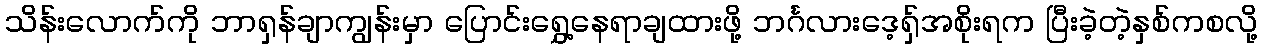
သိန်းလောက်ကို ဘာရှန်ချာကျွန်းမှာ ပြောင်းရွှေ့နေရာချထားဖို့ ဘင်္ဂလားဒေ့ရှ်အစိုးရက ပြီးခဲ့တဲ့နှစ်ကစလို့